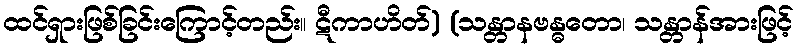
ထင်ရှားဖြစ်ခြင်းကြောင့်တည်း။ ဋီကာဟိတ်) (သန္တာနဗန္ဓတော၊ သန္တာန်အားဖြင့်